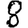
Digit: 8